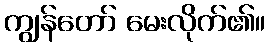
ကျွန်တော် မေးလိုက်၏။